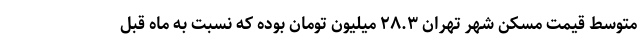
متوسط قیمت مسکن شهر تهران ۲۸.۳ میلیون تومان بوده که نسبت به ماه قبل